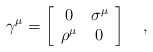
\begin{align*}\gamma^{\mu} =\left[\begin{array}{cc}0 & \sigma^{\mu}\\\rho^{\mu} & 0\end{array}\right] \quad,\end{align*}